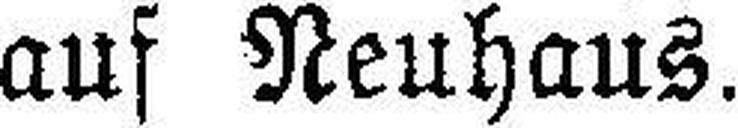
auf Neuhaus.